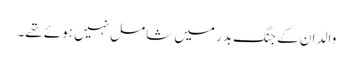
والد ان کے جنگ بدر میں شامل نہیں ہوئے تھے۔